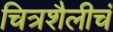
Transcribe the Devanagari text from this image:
चित्रशैलीचं